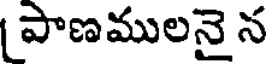
పాణములనై న